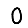
Digit: 0